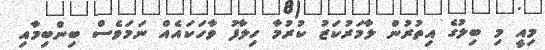
މިއީ މި ބިލުގެ އިތުރުން ލާމަރުކަޒު ކުރުމާ ހިލާފު ވާހަކައެއް ނަމަވެސް ބިންބިމާއި